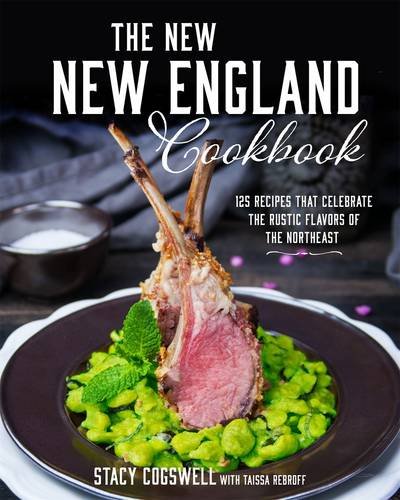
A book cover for The New New England Cookbook: 125 Recipes That Celebrate the Rustic Flavors of the Northeast; Stacy Cogswell; Cookbooks, Food & Wine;